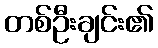
တစ်ဦးချင်း၏